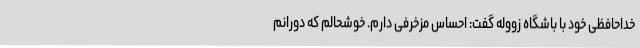
خداحافظی خود با باشگاه زووله گفت: احساس مزخرفی دارم. خوشحالم که دورانم